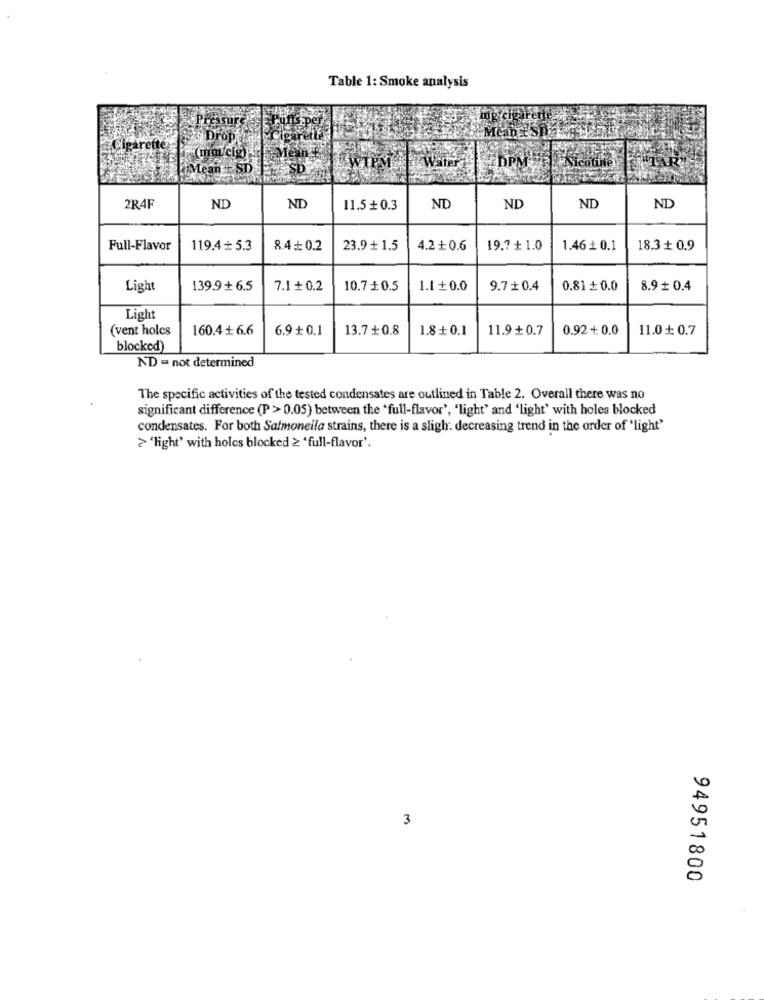
Table 1: Smoke analysis
2+ Drop
Cigarettes
(miocig
Mean SD
Water
DPM
2R4F
ND
ND
11.5 + 0.3
ND
ND
ND
ND
Full-Flavor
119.4 + 5.3
8.4 + 0.2
23.9 + 1.5
4.2+ 0.6
19.7 ₺ 1.0
1.46 + 0.1
18.3 + 0.9
Light
139.9 + 6.5
7.1+ 0.2
10.7 + 0.5
1.1 + 0.0
9.7+0.4
0.81 + 0.0
8.9 + 0.4
Light
(vent holes
160.4+ 6.6
6.9+ 0.1
13.7+0.8
1.8 + 0.1
11.9+ 0.7
0.92 + 0.0
11.0 + 0.7
blocked)
ND - not determined
The specific activities of the tested condensates are outlined in Table 2. Overall there was no
significant difference (P > 0.05) between the 'full-flavor', 'light' and 'light' with holes blocked
condensates. For both Salmonella strains, there is a sligh. decreasing trend in the order of "light"
> 'light' with holes blocked 2 'full-flavor'.
3
94951800